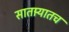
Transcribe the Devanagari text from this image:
सातार्‍यातच